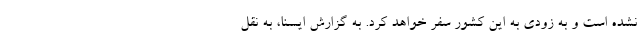
نشده است و به زودی به این کشور سفر خواهد کرد. به گزارش ایسنا، به نقل